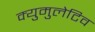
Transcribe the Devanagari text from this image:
क्युमुलेटिव